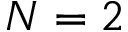
N = 2